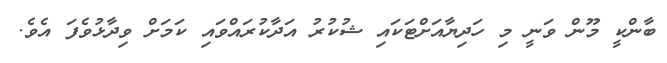
ބާންކީ މޫން ވަނީ މި ހަދިޔާއަށްޓަކައި ޝުކުރު އަދާކުރައްވައި ކަމަށް ވިދާޅުވެފަ އެވެ.